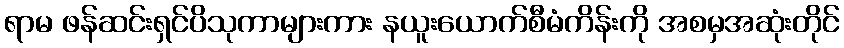
ရာမ ဖန်ဆင်းရှင်ပိသုကာများကား နယူးယောက်စီမံကိန်းကို အစမှအဆုံးတိုင်